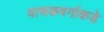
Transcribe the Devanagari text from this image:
वाचकवर्गाकडे